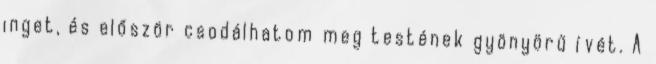
inget, és először csodálhatom meg testének gyönyörű ívét. A